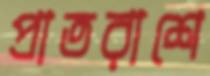
প্রাতরাশে